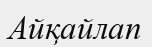
Айқайлап